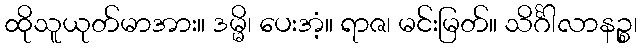
ထိုသူယုတ်မာအား။ ဒမ္မိ၊ ပေးအံ့။ ရာဇ၊ မင်းမြတ်။ သိင်္ဂါလာနဉ္စ၊